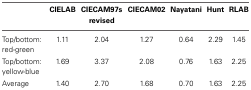
<table><thead><tr><td></td><td><b>CIELAB</b></td><td><b>CIECAM97s revised</b></td><td><b>CIECAM02</b></td><td><b>Nayatani</b></td><td><b>Hunt</b></td><td><b>RLAB</b></td></tr></thead><tbody><tr><td>Top/bottom: red-green</td><td>1.11</td><td>2.04</td><td>1.27</td><td>0.64</td><td>2.29</td><td>1.45</td></tr><tr><td>Top/bottom: yellow-blue</td><td>1.69</td><td>3.37</td><td>2.08</td><td>0.76</td><td>1.63</td><td>2.25</td></tr><tr><td>Average</td><td>1.40</td><td>2.70</td><td>1.68</td><td>0.70</td><td>1.63</td><td>2.25</td></tr></tbody></table>